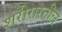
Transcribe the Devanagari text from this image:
शरीरारतील